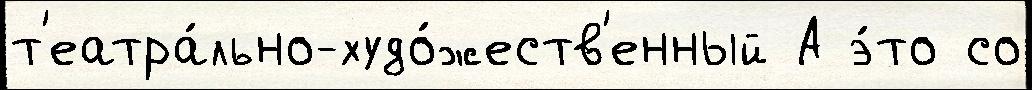
т'еатра́льно-худо́жеств'енный А э́то со